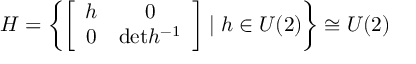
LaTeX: H = \left\{ \left[ \begin{array} { c c } { { h } } & { { 0 } } \\ { { 0 } } & { { \mathrm { d e t } h ^ { - 1 } } } \end{array} \right] \mid { h } \in { U } ( 2 ) \right\} \cong U ( 2 )